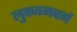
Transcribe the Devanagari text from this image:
लुक्जमवर्ग